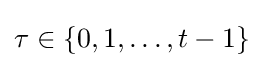
\tau \in \{0,1,\ldots ,t-1\}